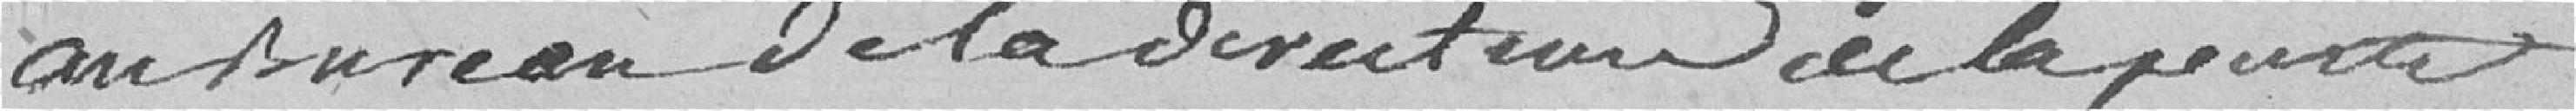
au bureau de la direction de la porte